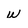
Character: w